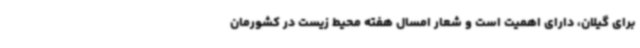
برای گیلان، دارای اهمیت است و شعار امسال هفته محیط زیست در کشورمان